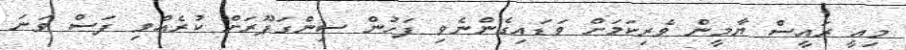
މިއީ ރައީސް ޔާމީން ވެރިކަމަށް ވަޑައިގެންނެވި ފަހުން ސިންގަޕޫރަށް ކުރެއްވި ފަސް ވަނަ